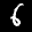
Label: 6